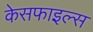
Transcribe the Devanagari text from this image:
केसफाइल्स